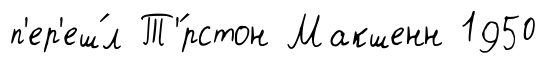
п'ер'еш́л Т'́рстон Макшенн 1950